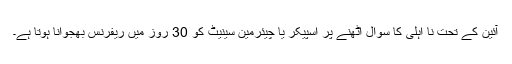
آئین کے تحت نا اہلی کا سوال اٹھنے پر اسپیکر یا چیئرمین سینیٹ کو 30 روز میں ریفرنس بھجوانا ہوتا ہے۔